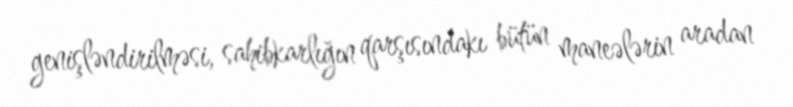
genişləndirilməsi, sahibkarlığın qarşısındakı bütün maneələrin aradan